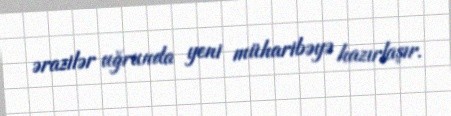
ərazilər uğrunda yeni müharibəyə hazırlaşır.